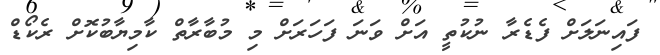
ފައިނަލަށް ފެޑެރާ ނުކުތީ އަށް ވަނަ ފަހަރަށް މި މުބާރާތް ކާމިޔާބުކޮށް ރެކޯޑް